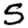
Digit: 5